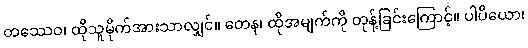
တဿေဝ၊ ထိုသူမိုက်အားသာလျှင်။ တေန၊ ထိုအမျက်ကို တုန့်ခြင်းကြောင့်။ ပါပိယော၊